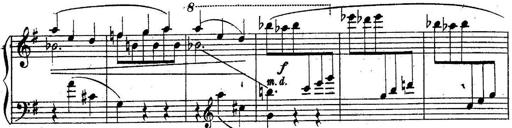
Title: Sonatine
Composer: Adrian Shaposhnikov
Key: E minor